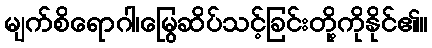
မျက်စိရောဂါ၊မြွေဆိပ်သင့်ခြင်းတို့ကိုနိုင်၏။